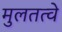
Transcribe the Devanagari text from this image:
मुलतत्वे